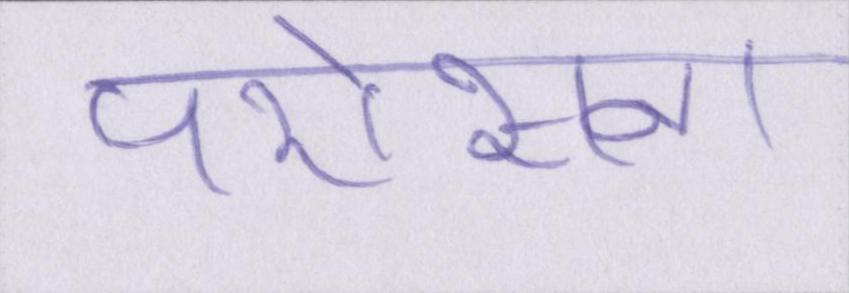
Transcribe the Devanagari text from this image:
परोसना